King Institute of Preventive Medicine Micro-Biological Section reports 1909-11
Year: 1909
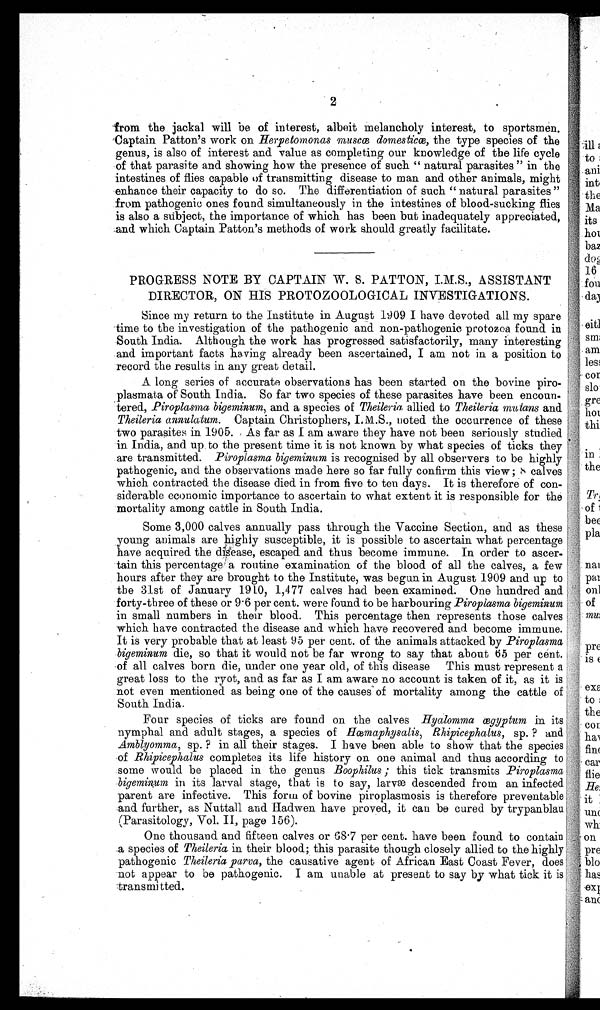
2
from the jackal will be of interest, albeit melancholy interest, to sportsmen.
Captain Patton's work on Herpetomonas muscœ domestic, the type species of the
genus, is also of interest and value as completing our knowledge of the life cycle
of that parasite and showing how the presence of such " natural parasites " in the
intestines of flies capable of transmitting disease to man and other animals, might
enhance their capacity to do so. The differentiation of such " natural parasites "
from pathogenic ones found simultaneously in the intestines of blood-sucking flies
is also a subject, the importance of which has been but inadequately appreciated,
and which Captain Patton's methods of work should greatly facilitate.
PROGRESS NOTE BY CAPTAIN W. S. PATTON, I.M.S.,ASSISTANT
DIRECTOR, ON HIS PROTOZOOLOGICAL INVESTIGATIONS.
Since my return to the Institute in August 1909 I have devoted all my spare
time to the investigation of the pathogenic and non-pathogenic protozoa found in
South India. Although the work has progressed satisfactorily, many interesting
and important facts having already been ascertained, I am not in a position to
record the results in any great detail.
A long series of accurate observations has been started on the bovine piro-
plasmata of South India. So far two species of these parasites have been encoun-
tered., Piroplasma bigeminum, and a species of Theileria, allied to Theileria mutans and
Theileria annulatum. Captain Christophers, noted the occurrence of these
two parasites in 1905. As far as I am aware they have not been seriously studied
in India, and up to the present time it is not known by what species of ticks they
are transmitted. Piroplasma bigeminum is recognised by all observers to be highly
pathogenic, and the observations made here so far fully confirm this view; 8 calves
which contracted the disease died in from five to ten days. It is therefore of con-
siderable economic importance to ascertain to what extent it is responsible for the
mortality among cattle in South India.
Some 3,000 calves annually pass through the Vaccine Section, and as these
young animals are highly susceptible, it is possible to ascertain what percentage
have acquired the disease, escaped and thus become immune. In order to ascer-
tain this percentage' a routine examination of the blood of all the calves, a few
hours after they are brought to the Institute, was begun in August 1909 and up to
the 31st of January 1910, 1,477 calves had been examined. One hundred and
forty-three of these or 9 . 6 per cent. were found to be harbouring Piroplasma bigeminum
in small numbers in their blood. This percentage then represents those calves
which have contracted the disease and which have recovered and become immune.
It is very probable that at least 95 per cent. of the animals attacked by Piroplasma
bigeminum die, so that it would not be far wrong to say that about 65 per cent.
.of all calves born die, under one year old, of this disease This must represent a
great loss to the ryot, and as far as I am aware no account is taken of it, as it is
not even mentioned as being one of the causes' of mortality among the cattle of
South India.
Four species of ticks are found on the calves Hyalomma ægyptum in its
nymphal and adult stages, a species of .ficemaphysalis, Rhi picephalus, sp. ? and
Amblyomma, sp. ? in all their stages. I have been able to show that the species
of Rhipicephalus completes its life history on one animal and thus according to
some would be placed in the genus Boophilus ; this tick transmits Piroplasma
bigeminum in its larval stage, that is to say, larvae descended from an infected
parent are infective. This fora' of bovine piroplasmosis is therefore preventable;
and further, as Nuttall and Hadwen have proved, it can be cured by trypanblau
(Parasitology, Vol. II, page 156).
One thousand and fifteen calves or 68 . 7 per cent. have been found to contain
a species of Theileria in their blood; this parasite though closely allied to the highly
pathogenic Theileria parva, the causative agent of African East Coast Fever, does
not appear to be pathogenic. I am unable at present to say by what tick it is
transmit tied.